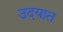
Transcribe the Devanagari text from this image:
उदयात